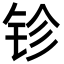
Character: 𨱅